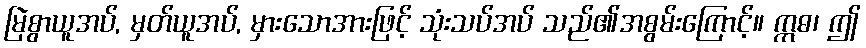
မြဲစွာယူအပ်, မှတ်ယူအပ်, မှားသောအားဖြင့် သုံးသပ်အပ် သည်၏အစွမ်းကြောင့်။ ဣဓ၊ ဤ